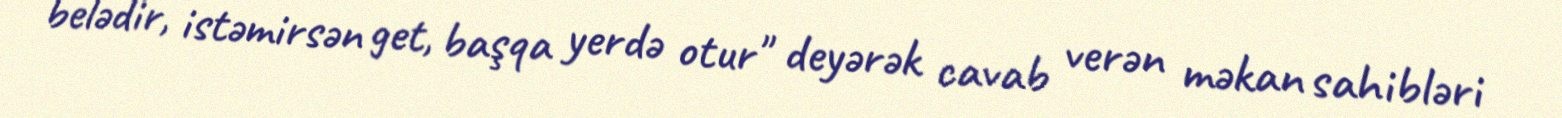
belədir, istəmirsən get, başqa yerdə otur" deyərək cavab verən məkan sahibləri